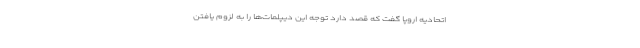
اتحادیه اروپا گفت که قصد دارد توجه این دیپلمات‌ها را به لزوم یافتن